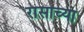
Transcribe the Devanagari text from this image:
रासाच्या